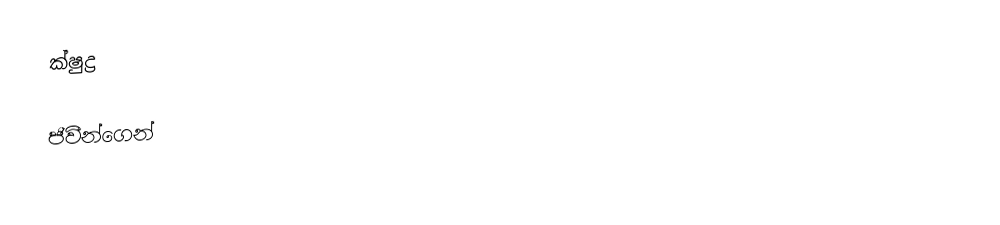
ක්ෂුද්‍ර

ජීවීන්ගෙන්